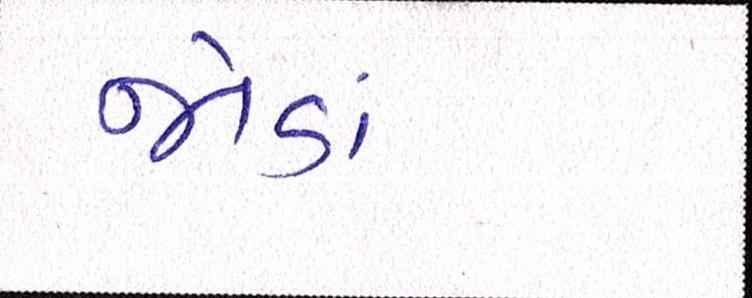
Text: જોડાં